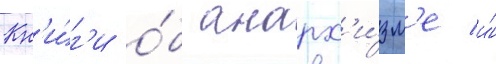
Кн'и́г'и о́б анарх'и́зм'е и́